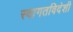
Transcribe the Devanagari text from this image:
स्वागतविदेशी